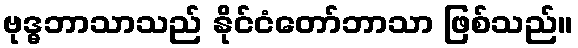
ဗုဒ္ဓဘာသာသည် နိုင်ငံတော်ဘာသာ ဖြစ်သည်။